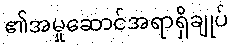
၏အမှုဆောင်အရာရှိချုပ်